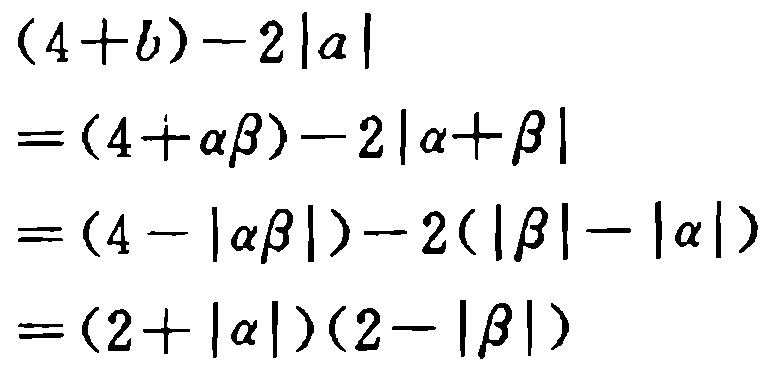
\begin{align*}
&(4 + b)-2|a|\\
=&(4+\alpha\beta)-2|\alpha+\beta|\\
=&(4 - |\alpha\beta|)-2(|\beta|-|\alpha|)\\
=&(2 + |\alpha|)(2 - |\beta|)
\end{align*}